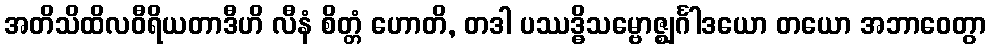
အတိသိထိလဝီရိယတာဒီဟိ လီနံ စိတ္တံ ဟောတိ, တဒါ ပဿဒ္ဓိသမ္ဗောဇ္ဈင်္ဂါဒယော တယော အဘာဝေတွာ